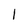
Character: l